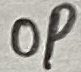
Text: OP